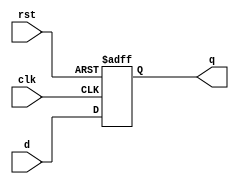
module D_FF(d,clk,rst,q);
  input d;
  input clk,rst;
  output reg q;
  // asynch low reset
  always@(posedge clk or negedge rst )    //  asynch High reset             //    synch reset
    begin                                 //  @(posedge clk or posedge rst) //    @(posedge clk)
      if (rst==0)                         //  if (rst ==1)                  //     if (rst ==1)
      begin                               //  q <= 0                        //     q <=0;
        q<=0;
      end
    else
      begin
        q<=d;
      end
    end  
endmodule